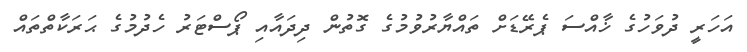
އަހަރީ ދުވަހުގެ ޚާއްސަ ޕެރޭޑަށް ތައްޔާރުވުމުގެ ގޮތުން ދިދައާއި ޕޯސްޓަރު ހެދުމުގެ ޙަރަކާތްތައް